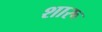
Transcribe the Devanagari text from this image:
शारू